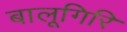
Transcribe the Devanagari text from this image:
बालूगिरि